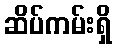
ဆိပ်ကမ်းရှိ